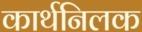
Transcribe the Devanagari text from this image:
कार्थनिलक